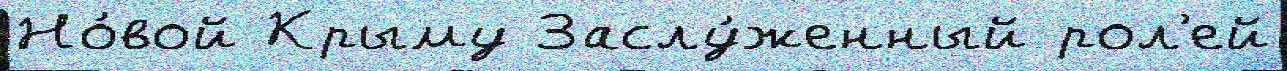
Но́вой Крыму Заслу́женный рол'ей